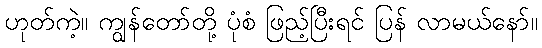
ဟုတ်ကဲ့။ ကျွန်တော်တို့ ပုံစံ ဖြည့်ပြီးရင် ပြန် လာမယ်နော်။